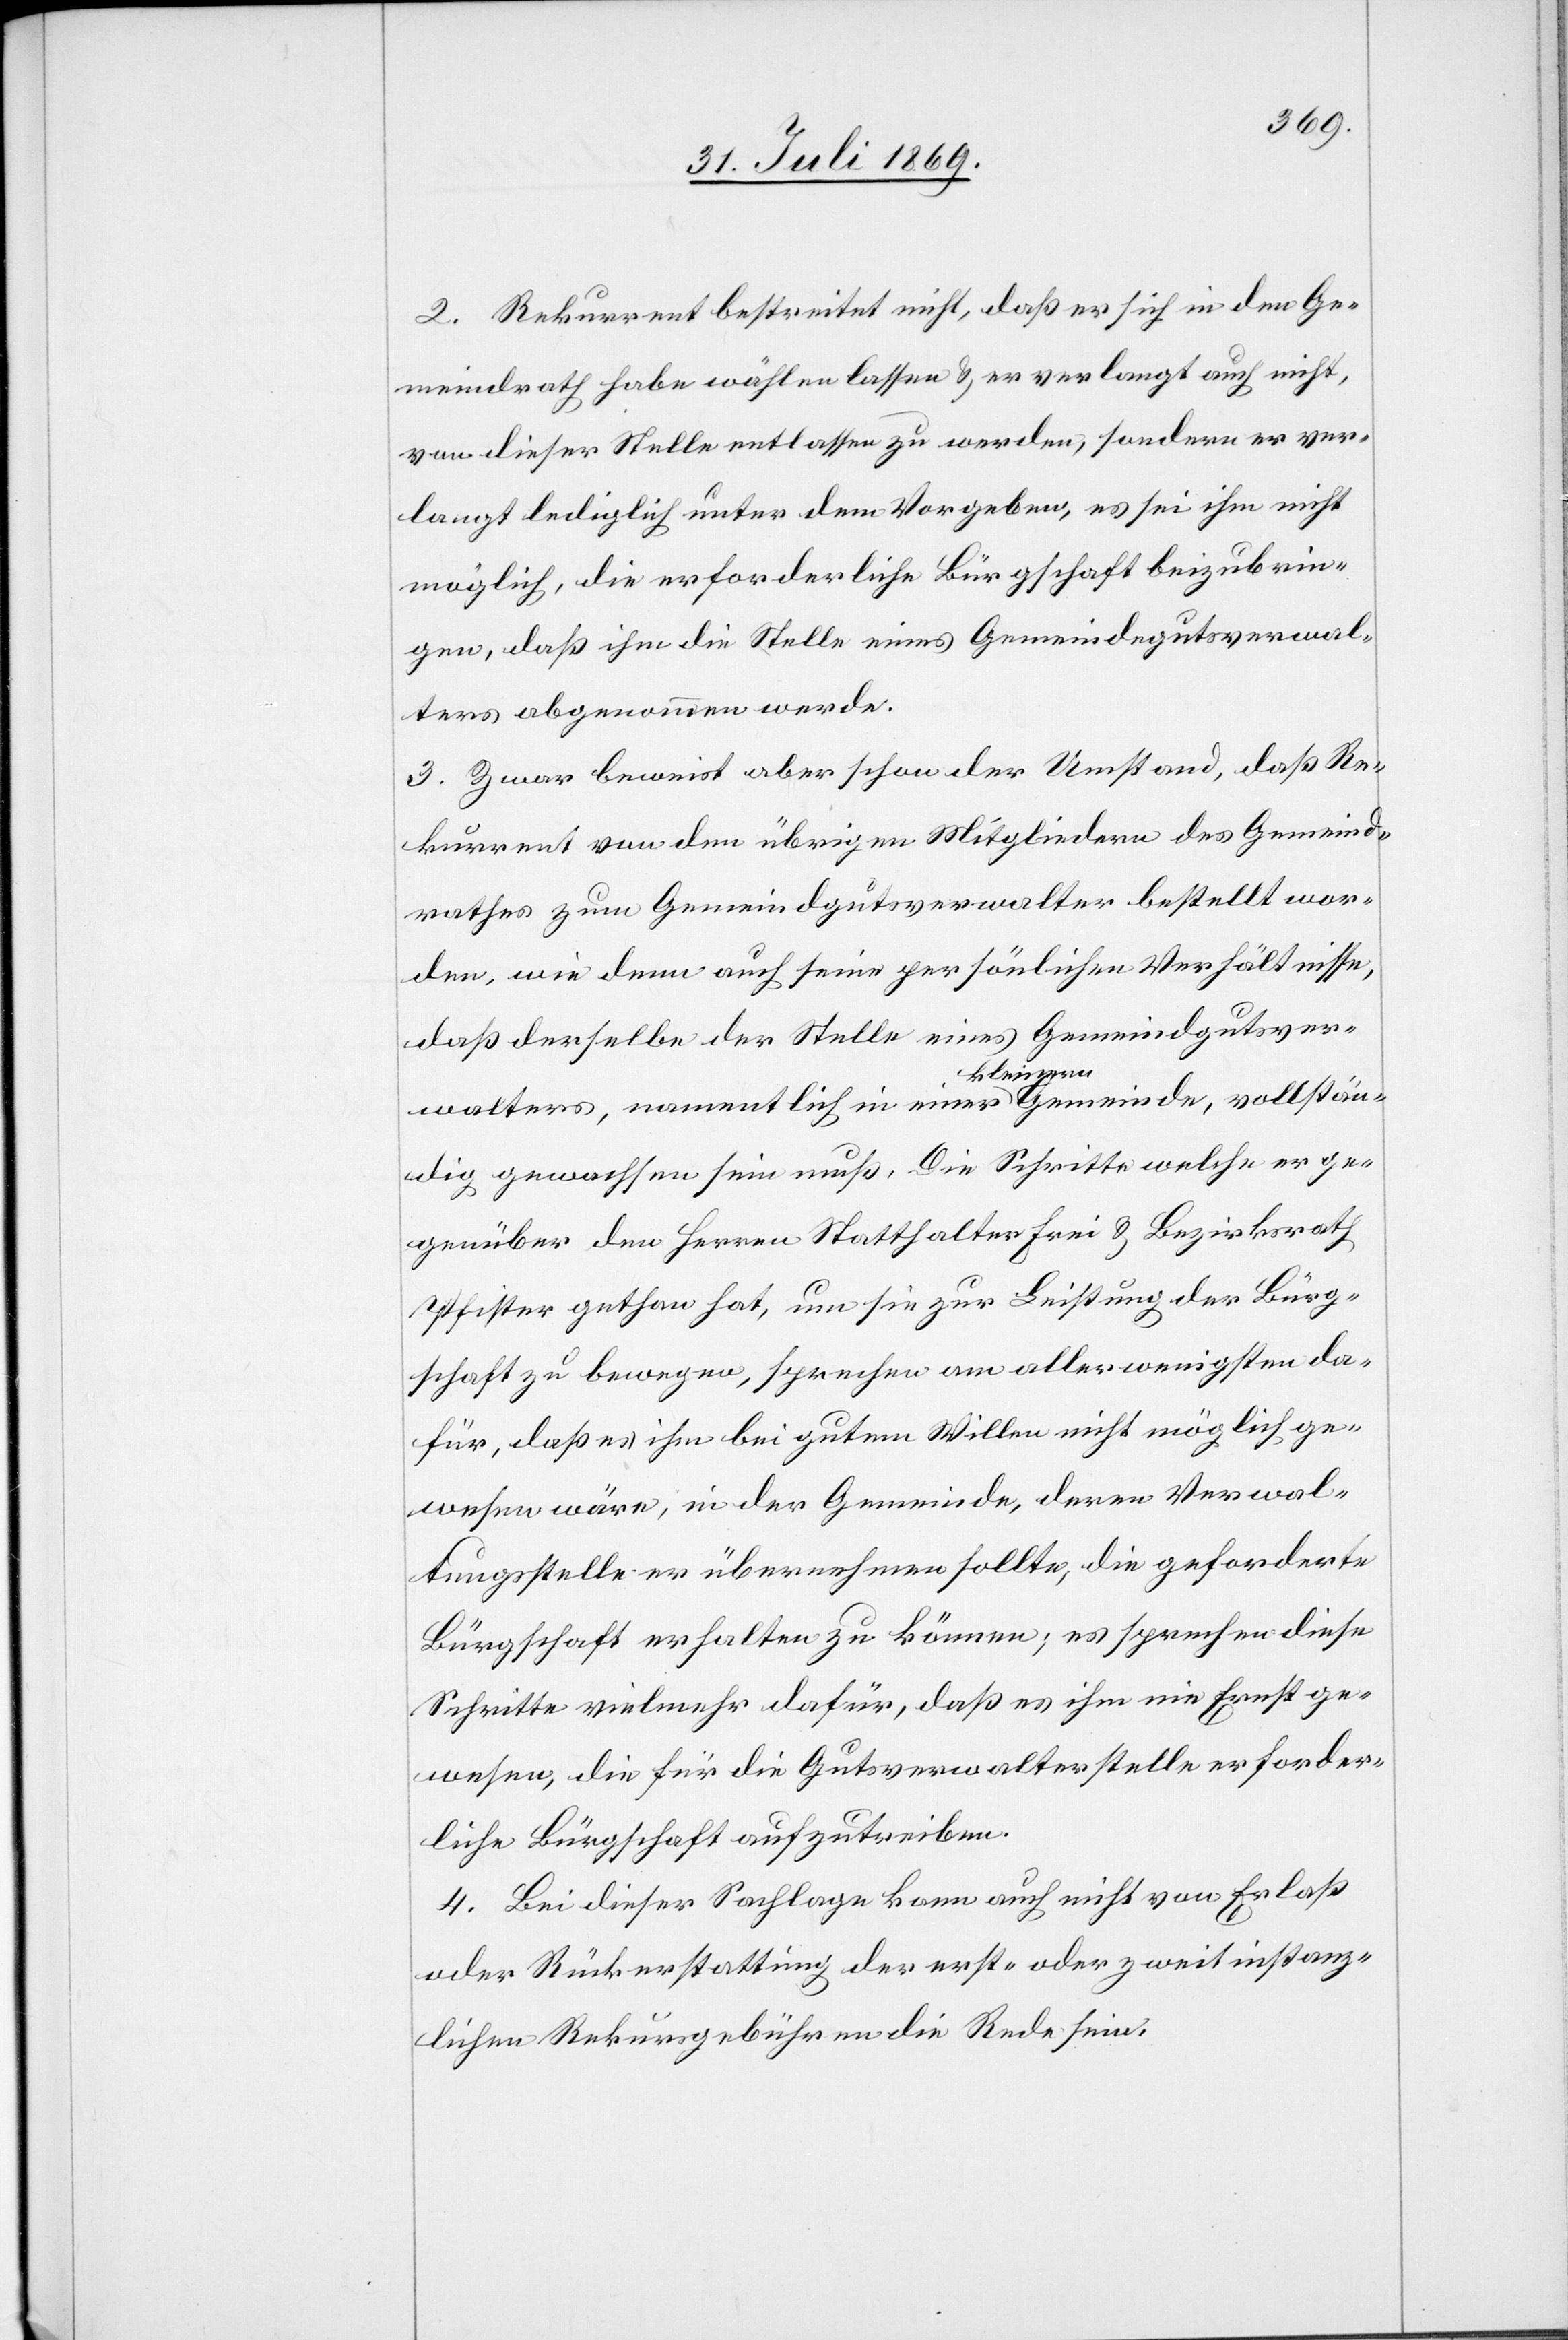
2. Rekurrent bestreitet nicht, daß er sich in den Ge¬
meindrath habe wählen lassen u. er verlangt auch nicht,
von dieser Stelle entlassen zu werden, sondern er ver¬
langt lediglich unter dem Vorgeben, es sei ihm nicht
möglich, die erforderliche Bürgschaft beizubrin¬
gen, daß ihm die Stelle eines Gemeindegutsverwal¬
ters abgenommen werde.
3. Zwar beweist aber schon der Umstand, daß Re¬
kurrent von den übrigen Mitgliedern des Gemeind¬
rathes zum Gemeindgutsverwalter bestellt wor¬
den, wie denn auch seine persönlichen Verhältnisse,
daß derselbe der Stelle eines Gemeindgutsver¬
walters, namentlich in einer kleinern Gemeinde, vollstän¬
dig gewachsen sein muß. Die Schritte welche er ge¬
genüber den Herrn Statthalter Frei u. Bezirksrath
Pfister gethan hat, um sie zur Leistung der Bürg¬
schaft zu bewegen, sprechen am allerwenigsten da¬
für, daß es ihm bei gutem Willen nicht möglich ge¬
wesen wäre, in der Gemeinde, deren Verwal¬
tungsstelle er übernehmen sollte, die geforderte
Bürgschaft erhalten zu können; es sprechen diese
Schritte vielmehr dafür, daß es ihm nie Ernst ge¬
wesen, die für die Gutsverwalterstelle erforder¬
liche Bürgschaft aufzutreiben.
4. Bei dieser Sachlage kann auch nicht von Erlaß
oder Rückerstattung der erst- oder zweitinstanz¬
lichen Rekursgebühren die Rede sein.